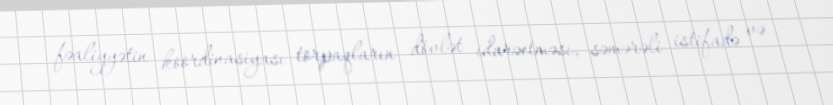
fəaliyyətin koordinasiyası torpaqların dövlət idarəetməsi, səmərəli istifadə və